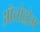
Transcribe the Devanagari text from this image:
ऑतोद्रोम